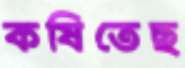
কষিতেছ